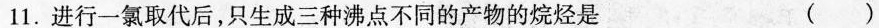
11. 进行一氯取代后,只生成三种沸点不同的产物的烷烃是 ( )